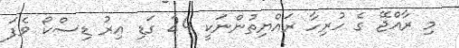
މި ރާއްޖޭ ގެ ހުރިހާ ރައްޔިތުންނަކީ 24 ގަޑި އިރު ޑިސްކޯ ވެފަ